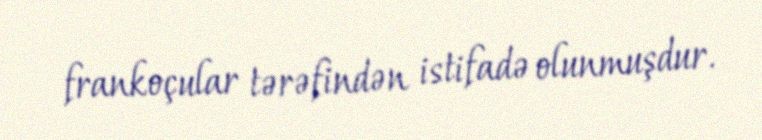
frankoçular tərəfindən istifadə olunmuşdur.